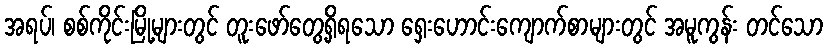
အရပ်၊ စစ်ကိုင်းမြို့များတွင် တူးဖော်တွေ့ရှိရသော ရှေးဟောင်းကျောက်စာများတွင် အမူကွန်း တင်သော